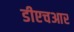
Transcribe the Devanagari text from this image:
डीएचआर